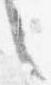
言